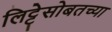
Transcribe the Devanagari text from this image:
लिट्टेसोबतच्या